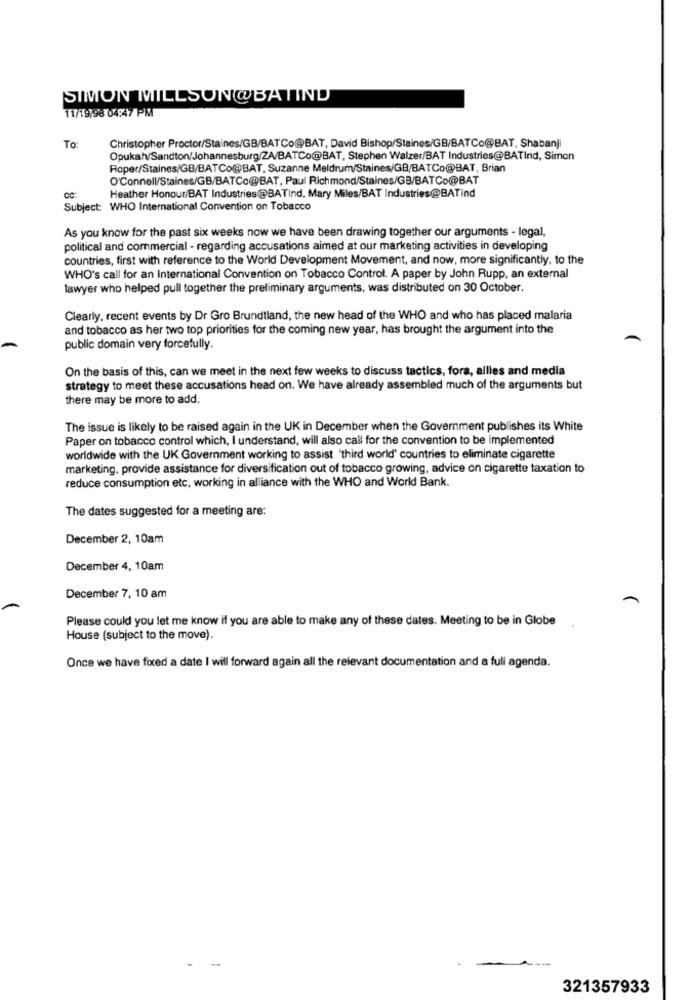
SIMON MILLSON@BATIND
11/19/98 04:47 PM
To:
Christopher Proctor/Staines/GB/BATCo@BAT, David Bishop/Staines/GB/BATCo@BAT, Shabanji
Opukah/Sandton/Johannesburg/ZA/BATCo@BAT, Stephen Walzer/BAT Industries@BATind, Simon
Roper/Staines/GB/BATCo@BAT, Suzanne Meldrum/Staines/GB/BATCo@BAT, Brian
O'Connell/Staines/GB/BATCo@BAT, Paul Richmond/Staines/GB/BATCo@BAT
Heather Honour/BAT Industries@BATind, Mary Miles/BAT Industries@BATind
CC:
Subject: WHO International Convention on Tobacco
As you know for the past six weeks now we have been drawing together our arguments - legal,
political and commercial - regarding accusations aimed at our marketing activities in developing
countries, first with reference to the World Development Movement, and now, more significantly, to the
WHO's call for an International Convention on Tobacco Control. A paper by John Rupp, an external
lawyer who helped pull together the preliminary arguments, was distributed on 30 October.
Clearly, recent events by Dr Gro Brundtland, the new head of the WHO and who has placed malaria
and tobacco as her two top priorities for the coming new year, has brought the argument into the
public domain very forcefully.
On the basis of this, can we meet in the next few weeks to discuss tactics, fora, allies and media
strategy to meet these accusations head on. We have already assembled much of the arguments but
there may be more to add.
The issue is likely to be raised again in the UK in December when the Government publishes its White
Paper on tobacco control which, I understand, will also call for the convention to be implemented
worldwide with the UK Government working to assist 'third world' countries to eliminate cigarette
marketing. provide assistance for diversification out of tobacco growing, advice on cigarette taxation to
reduce consumption etc, working in alliance with the WHO and World Bank.
The dates suggested for a meeting are:
December 2, 10am
December 4, 10am
December 7, 10 am
Please could you let me know if you are able to make any of these dates. Meeting to be in Globe
House (subject to the move).
Once we have fixed a date I will forward again all the relevant documentation and a full agenda.
321357933